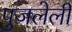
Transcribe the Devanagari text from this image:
पुजलेली